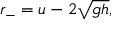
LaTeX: r _ { - } = u - 2 { \sqrt { g h } } ,